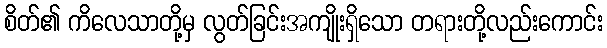
စိတ်၏ ကိလေသာတို့မှ လွတ်ခြင်းအကျိုးရှိသော တရားတို့လည်းကောင်း